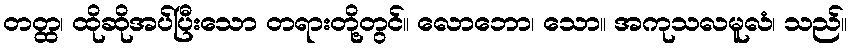
တတ္ထ၊ ထိုဆိုအပ်ပြီးသော တရားတို့တွင်။ လောဘော၊ သော။ အကုသလမူလံ၊ သည်။